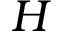
H